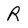
Character: R